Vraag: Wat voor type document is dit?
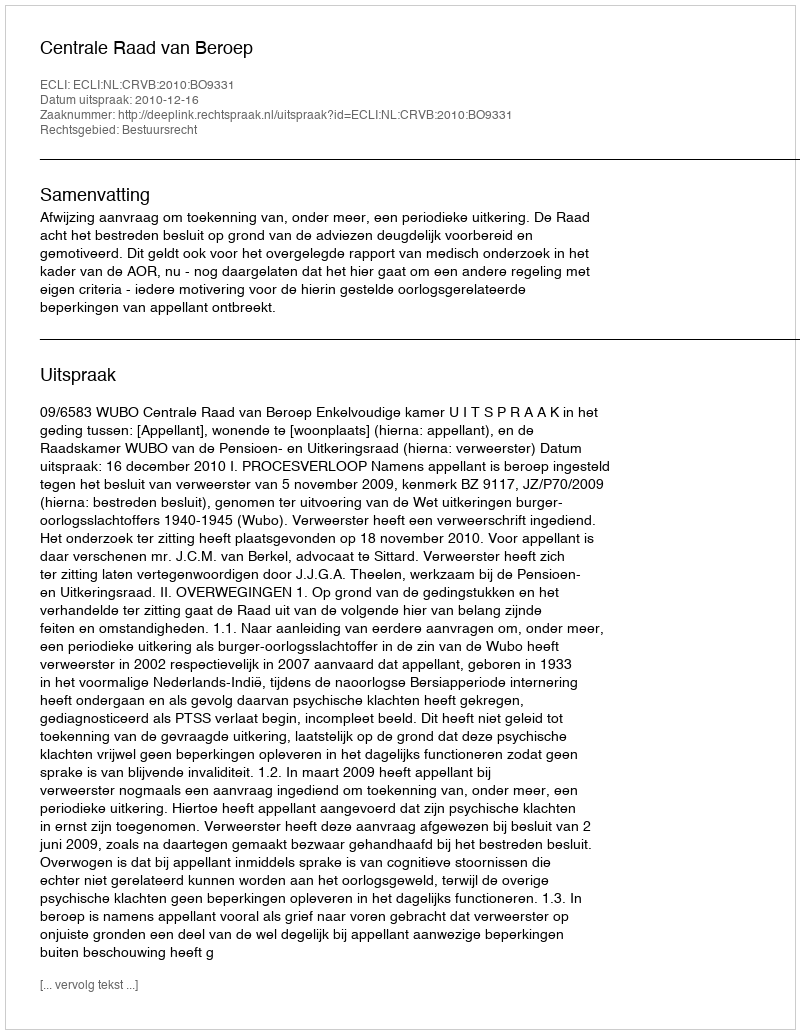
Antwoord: Uitspraak